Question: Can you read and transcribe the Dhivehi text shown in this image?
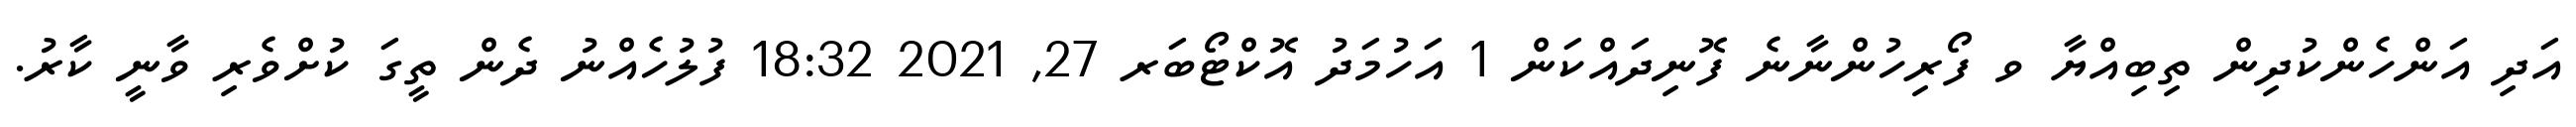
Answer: އަދި އަންހެންކުދިން ތިބިއްޔާ ވ ފޯރިހުންނާނެ ފޮނިދައްކަން 1 އަހުމަދު އޮކްޓޯބަރ 27, 2021 18:32 ފުލުހެއްނު ދެން ތީގަ ކުށްވެރި ވާނީ ކާރު.